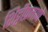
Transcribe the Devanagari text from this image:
शिट्टीप्रमाणे